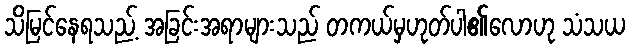
သိမြင်နေရသည့် အခြင်းအရာများသည် တကယ်မှဟုတ်ပါ၏လောဟု သံသယ